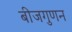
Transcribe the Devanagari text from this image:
बीजगुणन